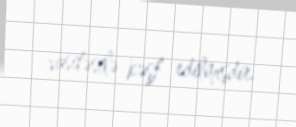
vasitəsilə kəşf edilmişdir.